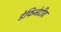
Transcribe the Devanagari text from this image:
डेफिनेटीव